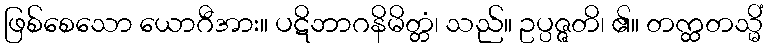
ဖြစ်စေသော ယောဂီအား။ ပဋိဘာဂနိမိတ္တံ၊ သည်။ ဥပ္ပဇ္ဇတိ၊ ၏။ တက္ထတသ္မိံ